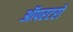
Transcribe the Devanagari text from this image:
ऑपरटरों